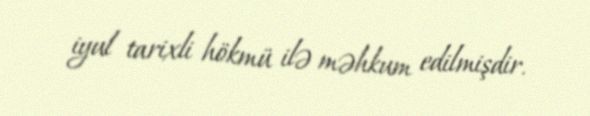
iyul tarixli hökmü ilə məhkum edilmişdir.